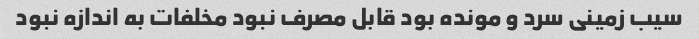
سیب زمینی سرد و مونده بود قابل مصرف نبود مخلفات به اندازه نبود